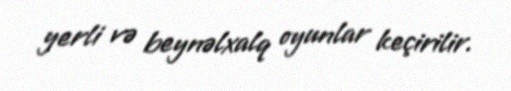
yerli və beynəlxalq oyunlar keçirilir.